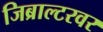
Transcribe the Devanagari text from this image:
जिब्राल्टरवर